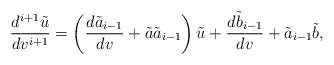
\begin{align*} \frac{d^{i+1}\tilde{u}}{dv^{i+1}}=\left(\frac{d\tilde{a}_{i-1}}{dv}+\tilde{a}\tilde{a}_{i-1}\right)\tilde{u}+\frac{d\tilde{b}_{i-1}}{dv}+\tilde{a}_{i-1}\tilde{b},\end{align*}